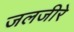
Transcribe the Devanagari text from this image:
जलजीरे